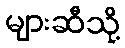
များဆီသို့